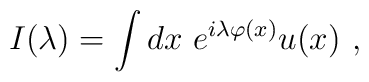
I(\lambda)=\int dx\,\,e^{i \lambda \varphi(x)}u(x)\,\,,